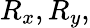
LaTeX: R_{x},R_{y},